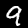
Digit: 9